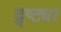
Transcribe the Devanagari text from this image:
द्र्ष्ट्या